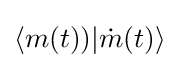
\langle m(t))|{\dot {m}}(t)\rangle